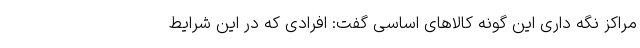
مراکز نگه داری این گونه کالا‌های اساسی گفت: افرادی که در این شرایط